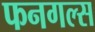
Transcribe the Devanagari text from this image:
फनगल्स